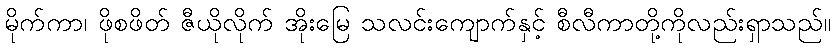
မိုက်ကာ၊ ဖိုစဖိတ် ဇီယိုလိုက် အိုးမြေ သလင်းကျောက်နှင့် စီလီကာတို့ကိုလည်းရှာသည်။